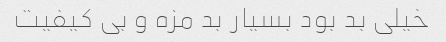
خیلی بد بود بسیار بد مزه و بی کیفیت